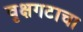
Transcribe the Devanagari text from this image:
वृक्षगटाचा